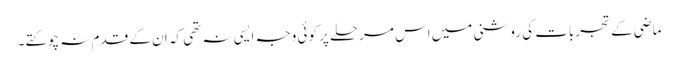
ماضی کے تجربات کی روشنی میں اس مرحلے پر کوئی وجہ ایسی نہ تھی کہ ان کے قدم نہ چوکتے۔